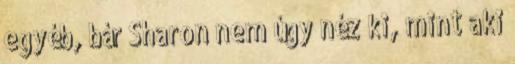
egyéb, bár Sharon nem úgy néz ki, mint aki